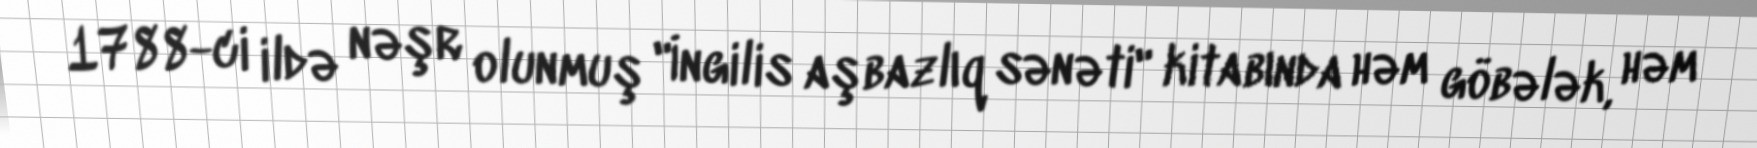
1788-ci ildə nəşr olunmuş "İngilis aşbazlıq sənəti" kitabında həm göbələk, həm